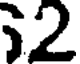
2